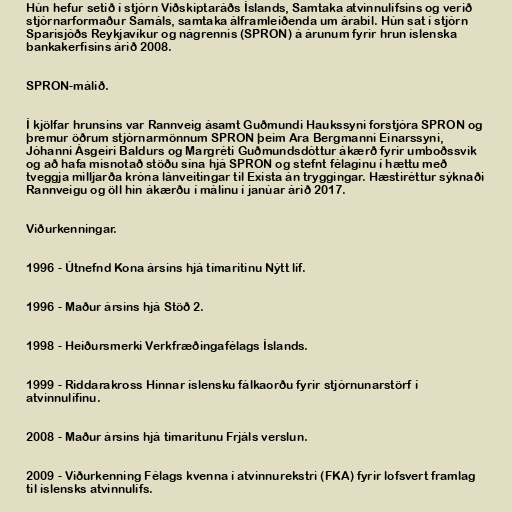
Hún hefur setið í stjórn Viðskiptaráðs Íslands, Samtaka atvinnulífsins og verið
stjórnarformaður Samáls, samtaka álframleiðenda um árabil. Hún sat í stjórn
Sparisjóðs Reykjavíkur og nágrennis (SPRON) á árunum fyrir hrun íslenska
bankakerfisins árið 2008.

SPRON-málið.

Í kjölfar hrunsins var Rannveig ásamt Guðmundi Haukssyni forstjóra SPRON og
þremur öðrum stjórnarmönnum SPRON þeim Ara Bergmanni Einarssyni,
Jóhanni Ásgeiri Baldurs og Margréti Guðmundsdóttur ákærð fyrir umboðssvik
og að hafa misnotað stöðu sína hjá SPRON og stefnt félaginu í hættu með
tveggja milljarða króna lánveitingar til Exista án tryggingar. Hæstiréttur sýknaði
Rannveigu og öll hin ákærðu í málinu í janúar árið 2017.

Viðurkenningar.

1996 - Útnefnd Kona ársins hjá tímaritinu Nýtt líf.

1996 - Maður ársins hjá Stöð 2.

1998 - Heiðursmerki Verkfræðingafélags Íslands.

1999 - Riddarakross Hinnar íslensku fálkaorðu fyrir stjórnunarstörf í
atvinnulífinu.

2008 - Maður ársins hjá timaritunu Frjáls verslun.

2009 - Viðurkenning Félags kvenna í atvinnurekstri (FKA) fyrir lofsvert framlag
til íslensks atvinnulífs.